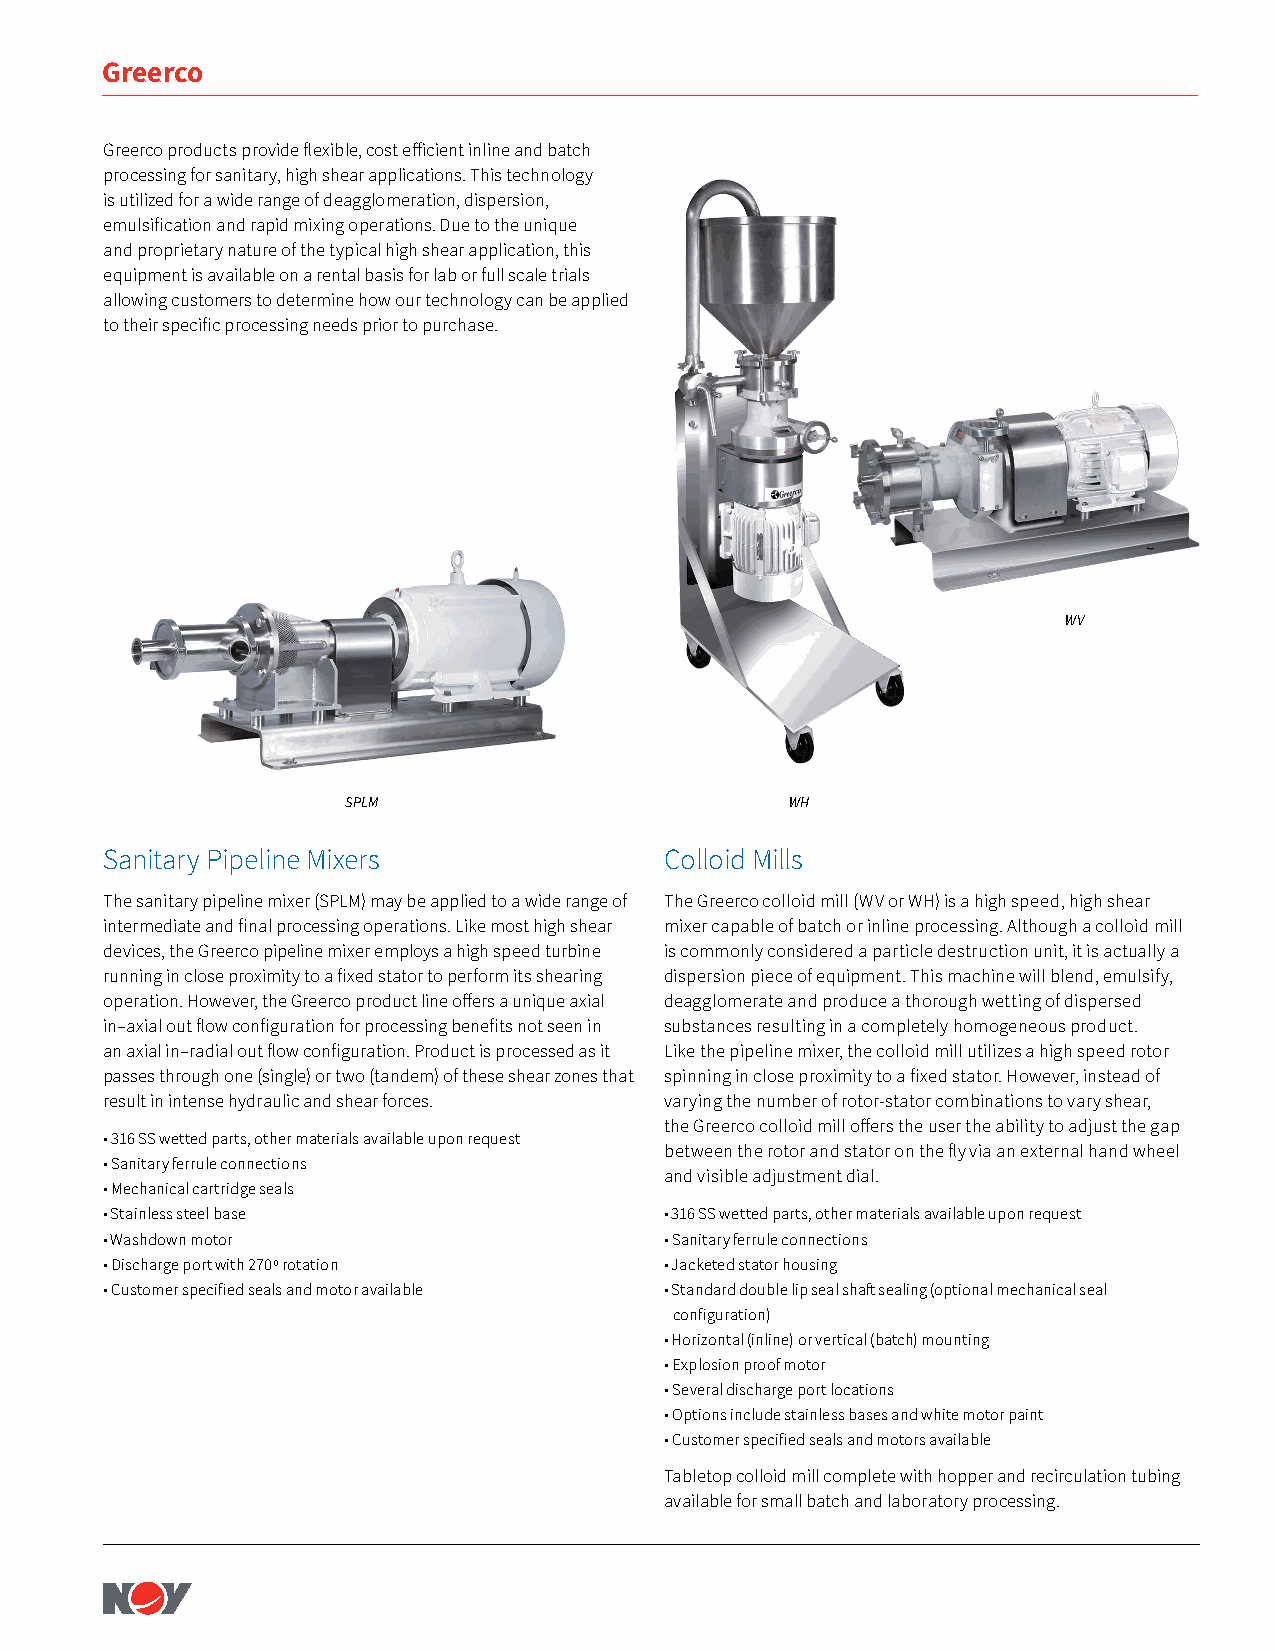
Greerco
 Greerco products provide flexible, cost efficient inline and batch
 processing for sanitary, high shear applications. This technology
 is utilized for a wide range of deagglomeration, dispersion,
 emulsification and rapid mixing operations. Due to the unique
 and proprietary nature of the typical high shear application, this
 equipment is available on a rental basis for lab or full scale trials
 allowing customers to determine how our technology can be applied
 to their specific processing needs prior to purchase.
 WV
 SPLM                         WH
 Sanitary Pipeline Mixers             Colloid Mills
 The sanitary pipeline mixer (SPLM) may be applied to a wide range of The Greerco colloid mill (WV or WH) is a high speed, high shear
 intermediate and final processing operations. Like most high shear mixer capable of batch or inline processing. Although a colloid mill
 devices, the Greerco pipeline mixer employs a high speed turbine is commonly considered a particle destruction unit, it is actually a
 running in close proximity to a fixed stator to perform its shearing dispersion piece of equipment. This machine will blend, emulsify,
 operation. However, the Greerco product line offers a unique axial deagglomerate and produce a thorough wetting of dispersed
 in–axial out flow configuration for processing benefits not seen in substances resulting in a completely homogeneous product.
 an axial in–radial out flow configuration. Product is processed as it Like the pipeline mixer, the colloid mill utilizes a high speed rotor
 passes through one (single) or two (tandem) of these shear zones that spinning in close proximity to a fixed stator. However, instead of
 result in intense hydraulic and shear forces. varying the number of rotor-stator combinations to vary shear,
 the Greerco colloid mill offers the user the ability to adjust the gap
 • 316 SS wetted parts, other materials available upon request
 between the rotor and stator on the fly via an external hand wheel
 • Sanitary ferrule connections
 and visible adjustment dial.
 • Mechanical cartridge seals
 • Stainless steel base               • 316 SS wetted parts, other materials available upon request
 • Washdown motor                     • Sanitary ferrule connections
 • Discharge port with 270º rotation  • Jacketed stator housing
 • Customer specified seals and motor available • Standard double lip seal shaft sealing (optional mechanical seal
 configuration)
 • Horizontal (inline) or vertical (batch) mounting
 • Explosion proof motor
 • Several discharge port locations
 • Options include stainless bases and white motor paint
 • Customer specified seals and motors available
 Tabletop colloid mill complete with hopper and recirculation tubing
 available for small batch and laboratory processing.